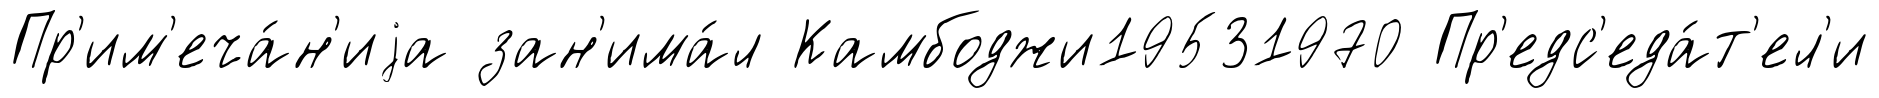
Пр'им'еча́н'иjа зан'има́л Камбоджи19531970 Пр'едс'еда́т'ел'и